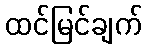
ထင်မြင်ချက်